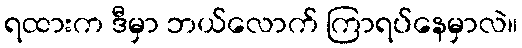
ရထားက ဒီမှာ ဘယ်လောက် ကြာရပ်နေမှာလဲ။